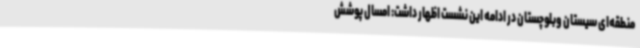
منطقه‌ای سیستان وبلوچستان در ادامه این نشست اظهار داشت: امسال پوشش